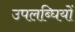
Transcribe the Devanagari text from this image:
उपलब्घियों